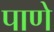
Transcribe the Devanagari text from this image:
पाणे